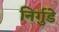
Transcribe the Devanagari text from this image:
निर्गुडे